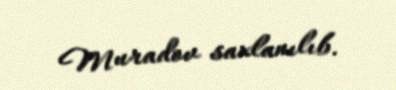
Muradov saxlanılıb.